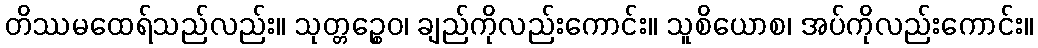
တိဿမထေရ်သည်လည်း။ သုတ္တဉ္စေဝ၊ ချည်ကိုလည်းကောင်း။ သူစိယောစ၊ အပ်ကိုလည်းကောင်း။